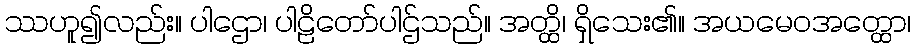
ဿဟူ၍လည်း။ ပါဌော၊ ပါဠိတော်ပါဌ်သည်။ အတ္ထိ၊ ရှိသေး၏။ အယမေဝအတ္ထော၊